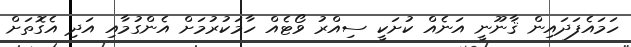
ހަމައެފަދައިން ޤާނޫނީ އަނެއް ކުށަކީ ސިއްރު ވޯޓެއް ހާމަކުރުމަށް އެންގުމާއި އަދި އެގޮތަށް